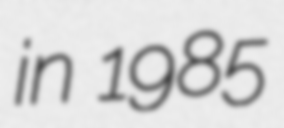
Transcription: in 1985